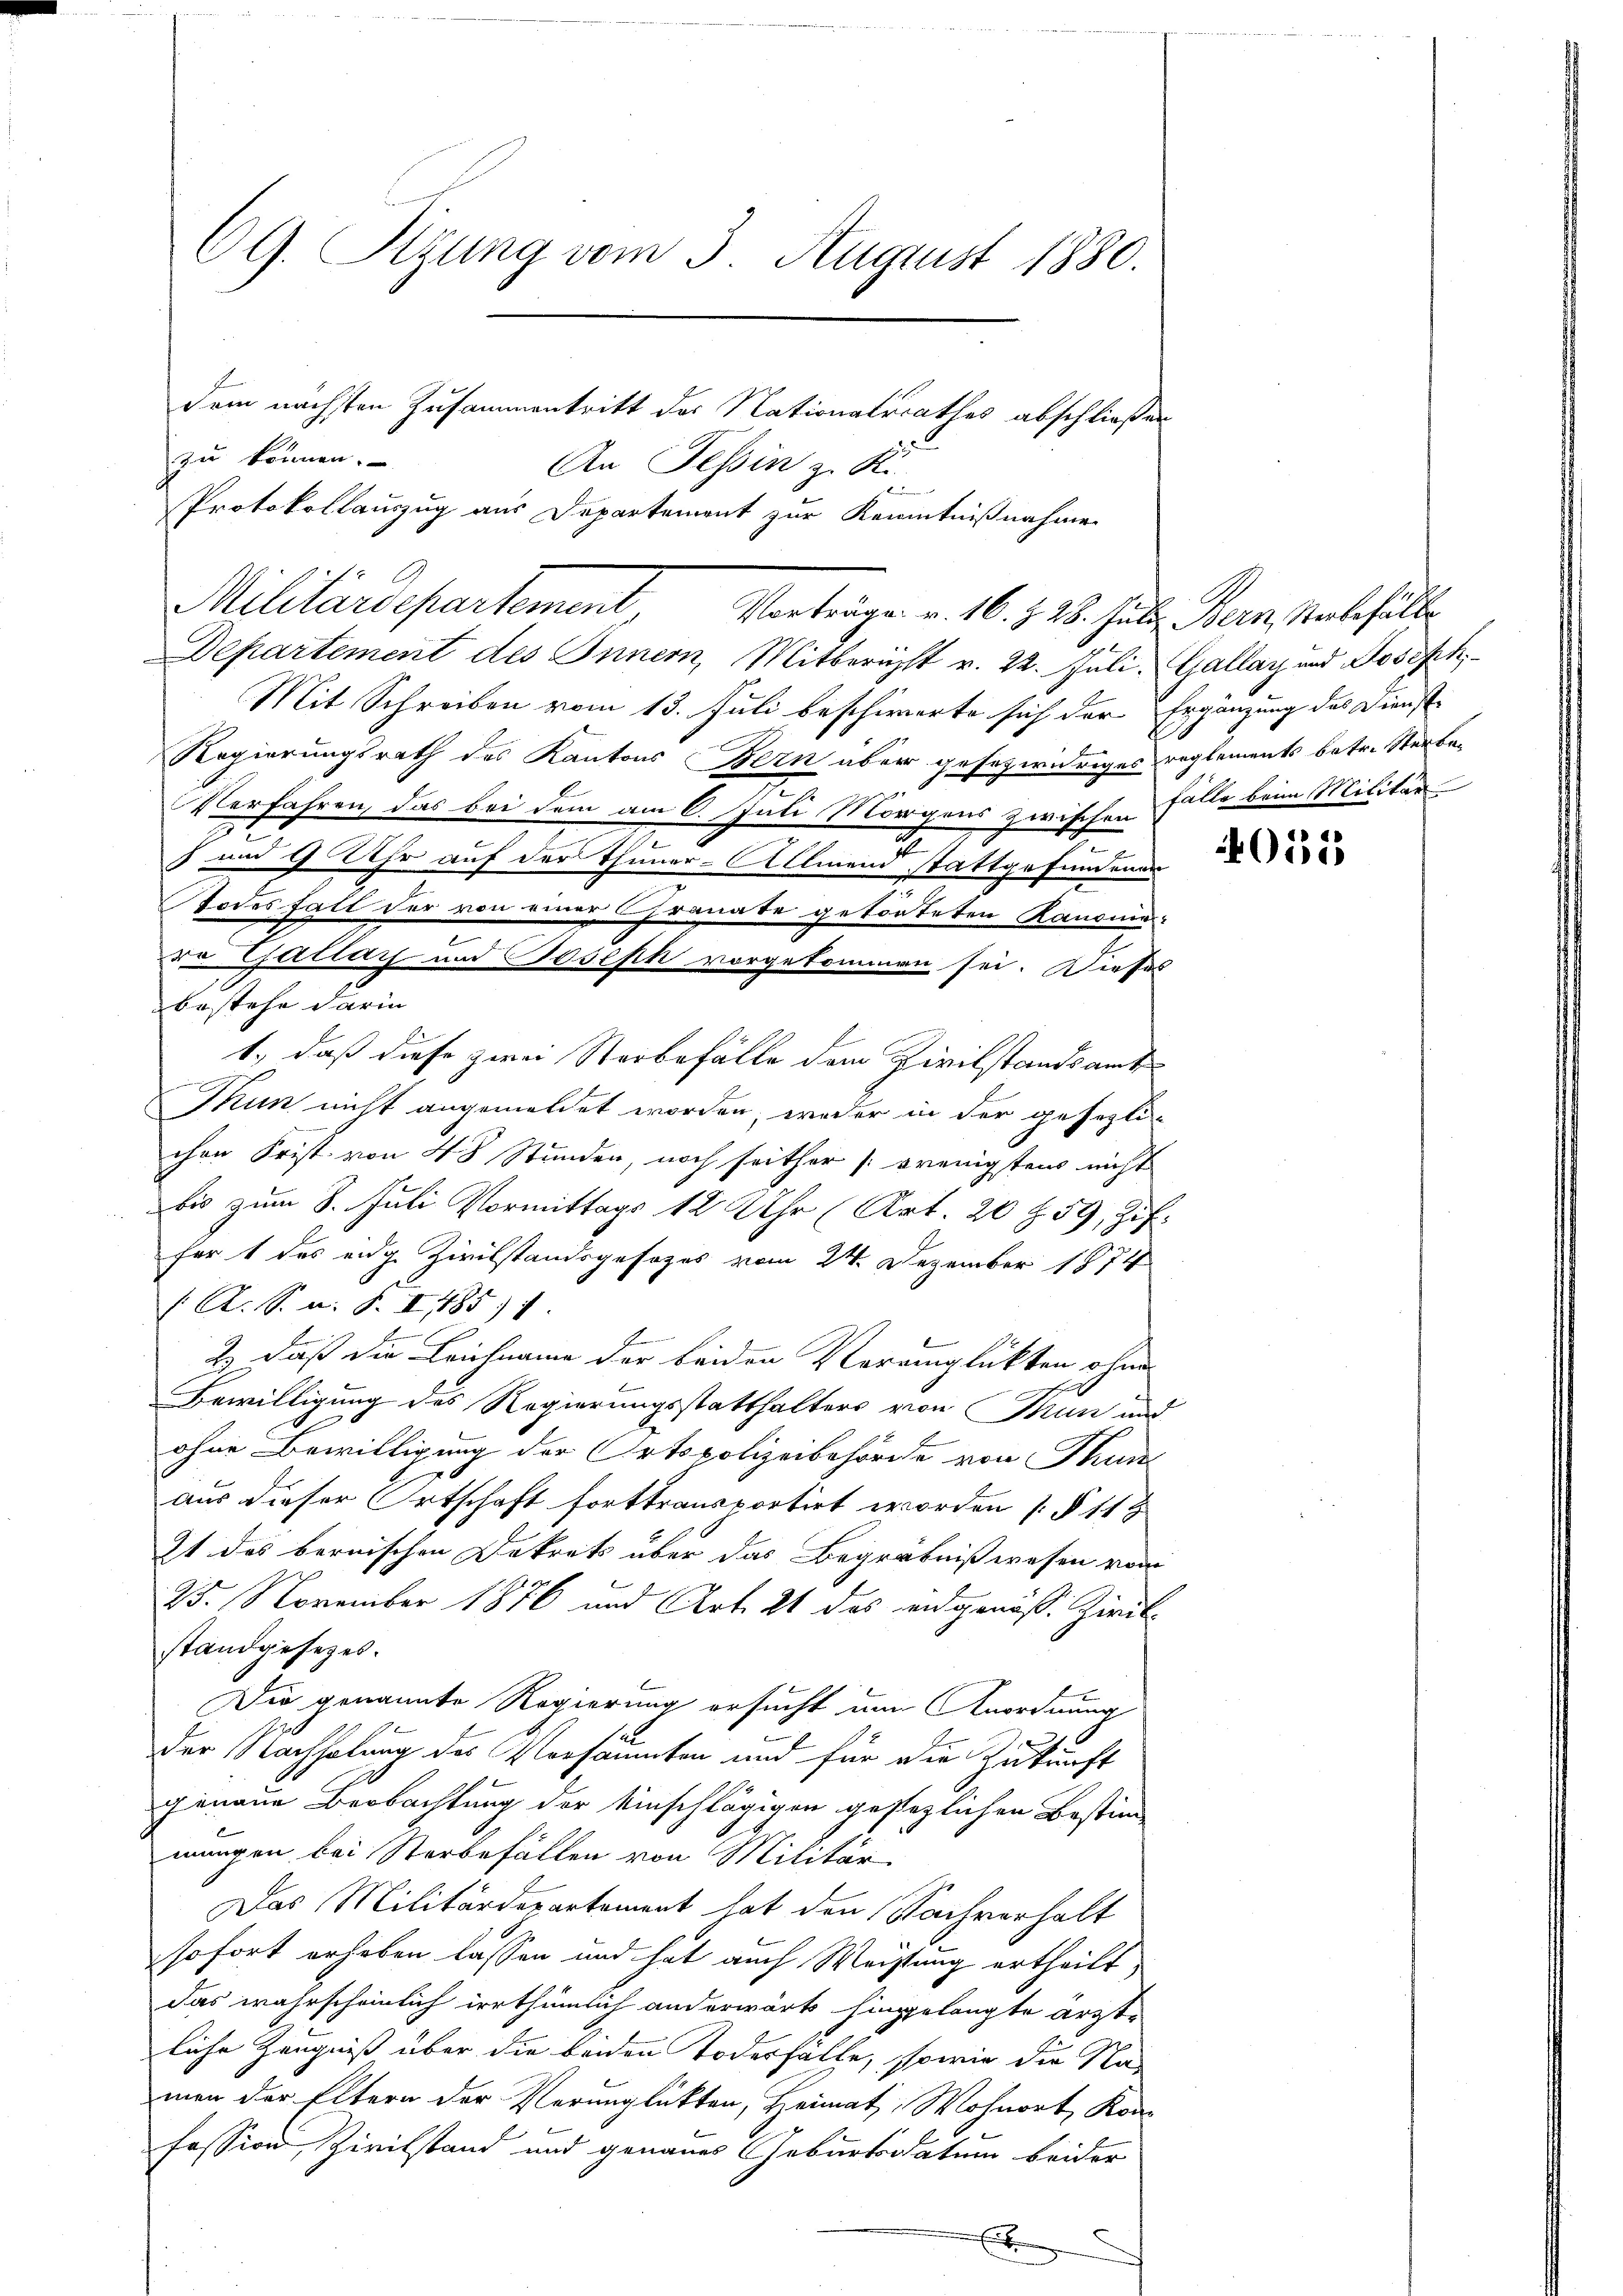
CG. Sizung vom 3. August 1880.
dem nächsten Zusammentritt der Nationalrathes abschließen
zu können.
An Tessin z. K.
Protokollauszug aus Departement zur Kenntnißnahme

Mit Schreiben vom 13. Juli beschierte sich der Ergänzung des Dienste
Regierungsrath des Kantons Bern aber gesezwidriges reglements betr. Sterbar
Verfahren, das bei dem am 6. Juli Morgens zwischen Fälle beim Militär
) und 9 Uhr auf der Thuner-Allmend stattgefundener
Todesfall der von einer Granate getödteten Kanonies-
ro Gallay und Joseph vorgekommen sei. Dieses
bestehe darin
Thun nicht angemeldet worden, weder in der gesezlichen Frist von 48 Stunden, noch seither (wenigstens nicht
bis zum 8. Juli Vormittags 12 Uhr (Art. 20 f. 59, Zif.
für 1 des eidg. Zivilstandsgesezes vom 24. Dezember 1874
(A. S. u. S. II 1185. 1
2.) Daß die Leichname der beiden Verunglückten ohne
Bewilligung des Regierungsstatthalters von Thun und
ohne Bewilligung der Ortspolizeibehörde von Thun
aus dieser Ortschaft forttransportirt worden [§ 113
2t des bernischen Dekrets über das Begräbnißwesen vom
25. November 1876 und Art. 21 des eidgenöß. Zivil-
standgesetzes.
Die genannte Regierung ersucht um Anordnung
der Nachholung des Versäumten und für die Zukunft
genaue Beobachtung der einschlägigen gestezlichen Bestim-
mungen bei Sterbefällen von Militär
Das Militärdepartement hat den Nachverhalt
sofort erhoben lassen und hat auch Meistung ertheilt,
das wahrscheinlich irrthümlich anderwärts hingelangte arzte
liche Zeugniß über die beiden Todesfalle, sowie die Na-
men der Eltern der Verunglükten, Heimat. Wohnort, Kon
fession Zivilstand und genaues Geburtsdatum beider

Militärdepartement, Verträge v. 16. 528. Jul. Bern. Nabhalte
Departement des Innern, Mitbericht v. 22. Juli. Gallay und Joseph

1., daß diese zwei Sterbefälle dem Civilstandsamt

h

4015